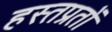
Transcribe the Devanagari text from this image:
हस्तप्रतों